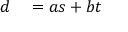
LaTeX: \begin{array} { r l } { d } & { { } = a s + b t } \end{array}